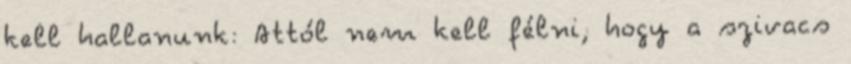
kell hallanunk: Attól nem kell félni, hogy a szivacs